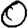
Digit: 0